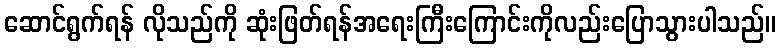
ဆောင်ရွက်ရန် လိုသည်ကို ဆုံးဖြတ်ရန်အရေးကြီးကြောင်းကိုလည်းပြောသွားပါသည်။